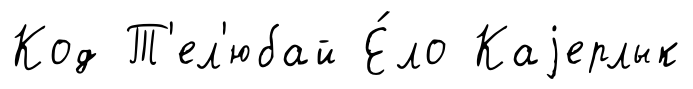
Код Т'ел'юбай Е́ло Каjерлык